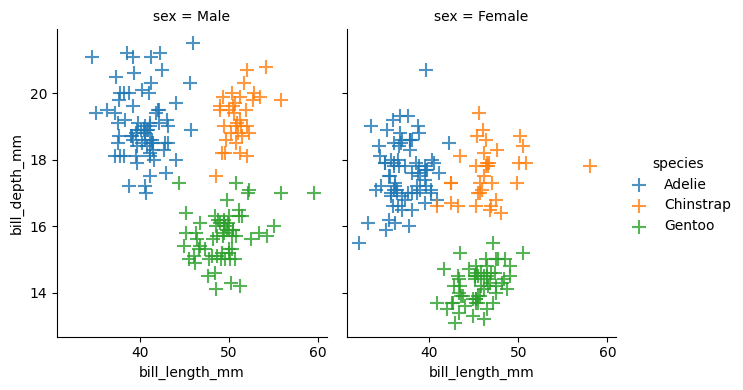
python, seaborn, lmplot, aspect=0.8, order=2, markers='+'